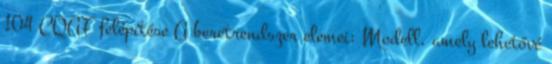
104 CQAF felépítése A keretrendszer elemei: Modell, amely lehetővé